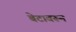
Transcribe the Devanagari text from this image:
बेटावरून